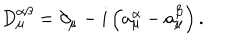
D _ { \mu } ^ { \alpha \beta } = \partial _ { \mu } - i \left( a _ { \mu } ^ { \alpha } - a _ { \mu } ^ { \beta } \right) .